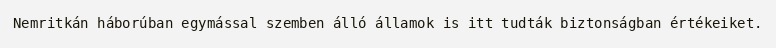
Nemritkán háborúban egymással szemben álló államok is itt tudták biztonságban értékeiket.